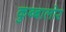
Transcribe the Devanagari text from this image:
कुब्बालोर